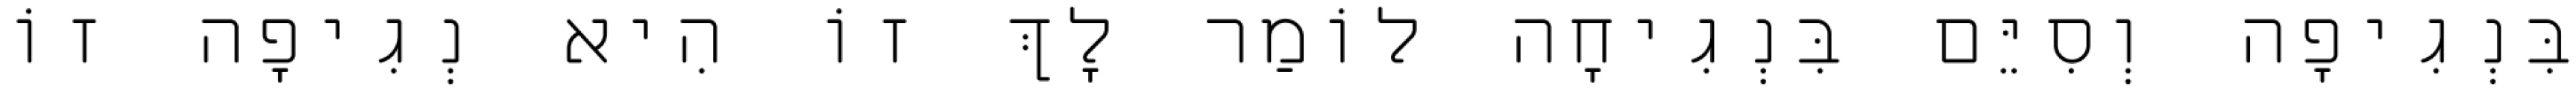
בִּנְגִיפָה וְסִיֵּם בִּנְגִיחָה לוֹמַר לָךְ זוֹ הִיא נְגִיפָה זוֹ